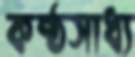
কষ্ঠসাধ্য